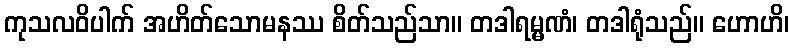
ကုသလဝိပါက် အဟိတ်သောမနဿ စိတ်သည်သာ။ တဒါရမ္မဏံ၊ တဒါရုံသည်။ ဟောဟိ၊